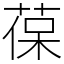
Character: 葆